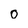
Character: o